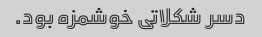
دسر شکلاتی خوشمزه بود.